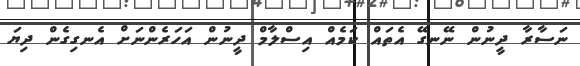
ނަސާރާ ދީނުން ނޭނގޭ އެތައް ކަމެއް އިސްލާމް ދީނުން އަހަރެންނަށް އެނގިގެން ދިޔަ